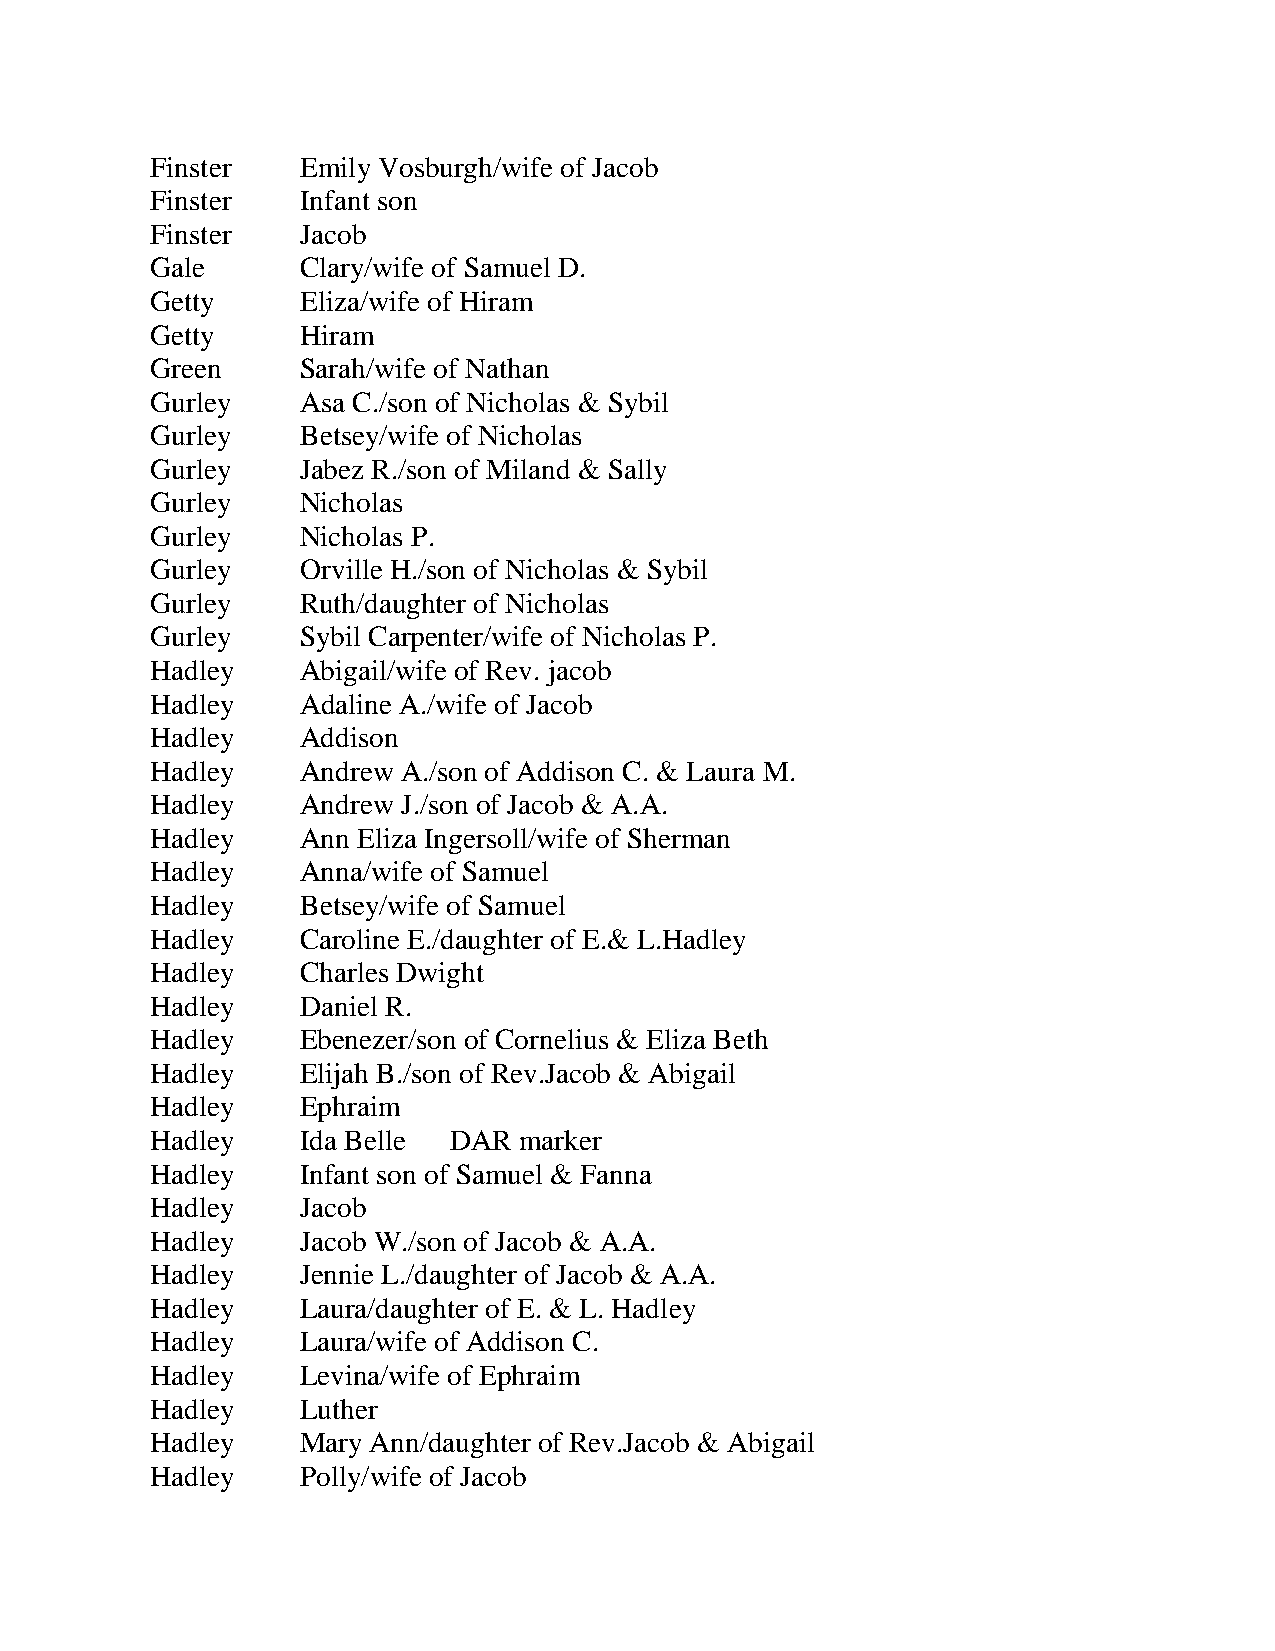
Finster   Emily Vosburgh/wife of Jacob
 Finster   Infant son
 Finster   Jacob
 Gale      Clary/wife of Samuel D.
 Getty     Eliza/wife of Hiram
 Getty     Hiram
 Green     Sarah/wife of Nathan
 Gurley    Asa C./son of Nicholas & Sybil
 Gurley    Betsey/wife of Nicholas
 Gurley    Jabez R./son of Miland & Sally
 Gurley    Nicholas
 Gurley    Nicholas P.
 Gurley    Orville H./son of Nicholas & Sybil
 Gurley    Ruth/daughter of Nicholas
 Gurley    Sybil Carpenter/wife of Nicholas P.
 Hadley    Abigail/wife of Rev. jacob
 Hadley    Adaline A./wife of Jacob
 Hadley    Addison
 Hadley    Andrew A./son of Addison C. & Laura M.
 Hadley    Andrew J./son of Jacob & A.A.
 Hadley    Ann Eliza Ingersoll/wife of Sherman
 Hadley    Anna/wife of Samuel
 Hadley    Betsey/wife of Samuel
 Hadley    Caroline E./daughter of E.& L.Hadley
 Hadley    Charles Dwight
 Hadley    Daniel R.
 Hadley    Ebenezer/son of Cornelius & Eliza Beth
 Hadley    Elijah B./son of Rev.Jacob & Abigail
 Hadley    Ephraim
 Hadley    Ida Belle DAR marker
 Hadley    Infant son of Samuel & Fanna
 Hadley    Jacob
 Hadley    Jacob W./son of Jacob & A.A.
 Hadley    Jennie L./daughter of Jacob & A.A.
 Hadley    Laura/daughter of E. & L. Hadley
 Hadley    Laura/wife of Addison C.
 Hadley    Levina/wife of Ephraim
 Hadley    Luther
 Hadley    Mary Ann/daughter of Rev.Jacob & Abigail
 Hadley    Polly/wife of Jacob